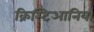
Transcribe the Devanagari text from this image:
क्रिस्टिआनिया